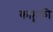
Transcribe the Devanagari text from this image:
काहूकी